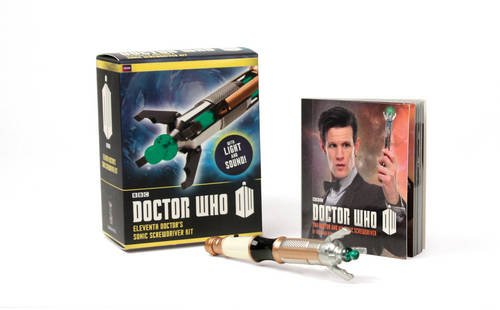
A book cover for Doctor Who: Eleventh Doctor's Sonic Screwdriver Kit; Richard Dinnick; Humor & Entertainment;